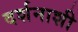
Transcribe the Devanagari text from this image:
दर्शनाशी